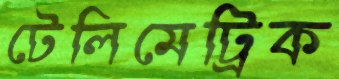
টেলিমেট্রিক